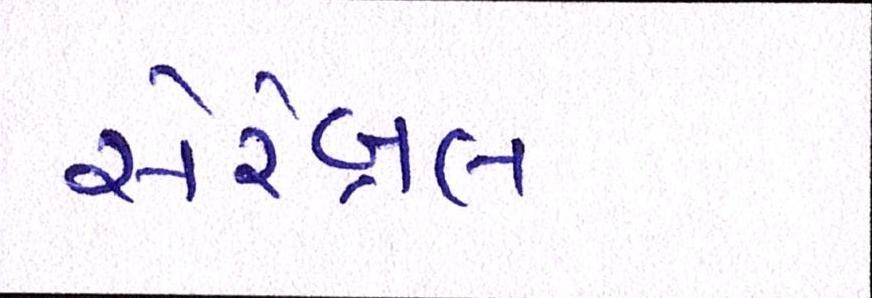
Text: સેરેબ્રલ